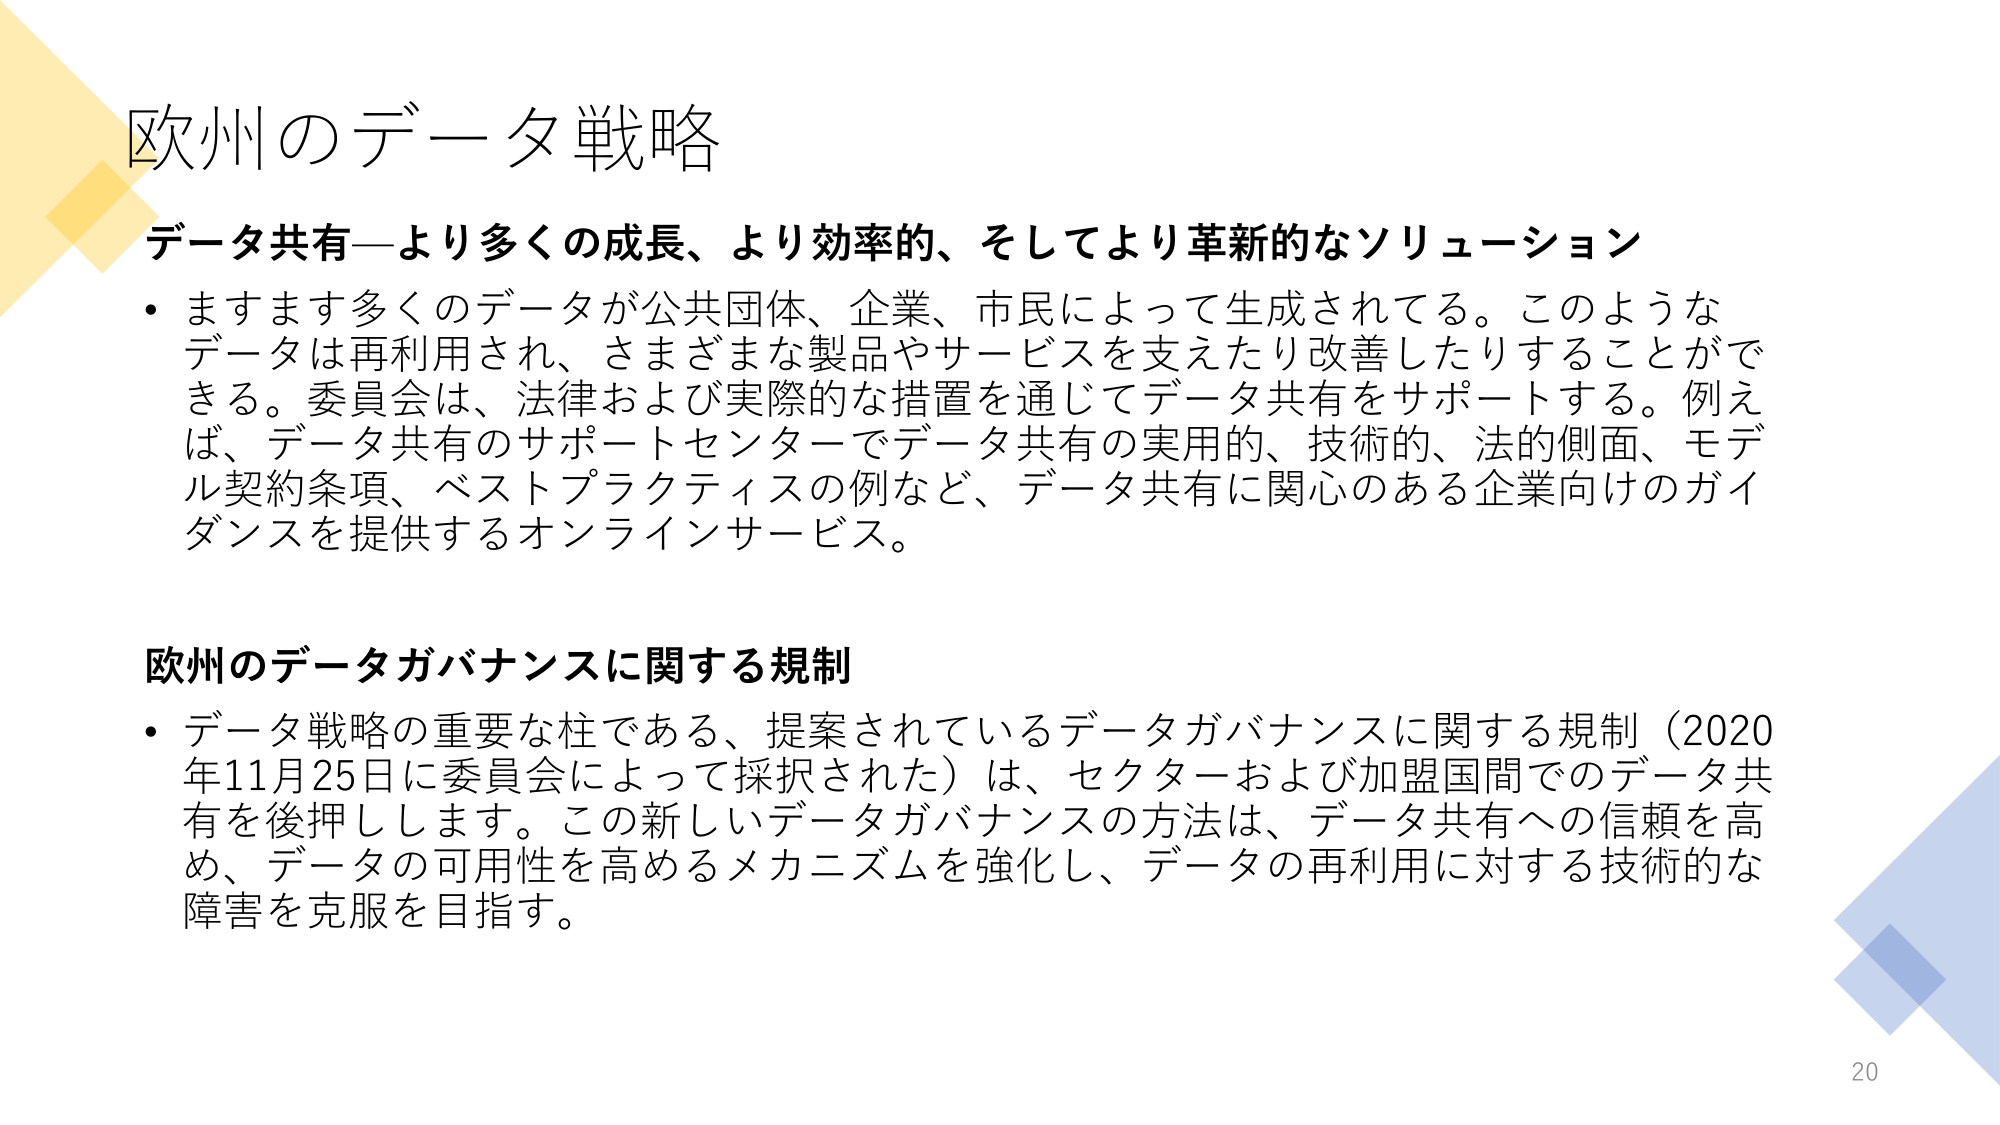
欧州のデータ戦略

データ共有—より多くの成長、より効率的、そしてより革新的なソリューション
・ますます多くのデータが公共団体、企業、市民によって生成されてる。このようなデータは再利用され、さまざまな製品やサービスを支えたり改善したりすることができる。委員会は、法律および実際的な措置を通じてデータ共有をサポートする。例えば、データ共有のサポートセンターでデータ共有の実用的、技術的、法的側面、モデル契約条項、ベストプラクティスの例など、データ共有に関心のある企業向けのガイドンスを提供するオンラインサービス。

欧州のデータガバナンスに関する規制
・データ戦略の重要な柱である、提案されているデータガバナンスに関する規制（2020年11月25日に委員会によって採択された）は、セクターおよび加盟国間でのデータ共有を後押しします。この新しいデータガバナンスの方法は、データ共有への信頼を高め、データの可用性を高めるメカニズムを強化し、データの再利用に対する技術的な障害を克服を目指す。

20